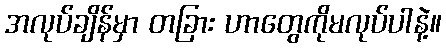
အလုပ်ချိန်မှာ တခြား ဟာတွေကိုမလုပ်ပါနဲ့။